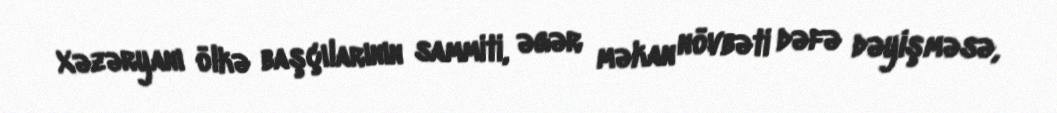
Xəzəryanı ölkə başçılarının sammiti, əgər məkan növbəti dəfə dəyişməsə,